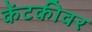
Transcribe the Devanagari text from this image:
केंटकीवर